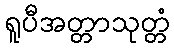
ရူပီအတ္တာသုတ္တံ